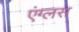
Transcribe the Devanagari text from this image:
एंग्लस